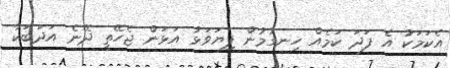
އެކަމަކު އެ ފަދަ ކަމެއް ހިނގުމުން ފިޔަވަޅު އަޅަން ޖެހޭތީ ދޭނެ އަދަބަކާ